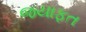
જયાફત